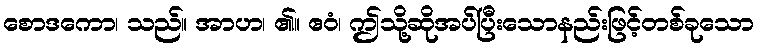
စောဒကော၊ သည်။ အာဟ၊ ၏။ ဧဝံ၊ ဤသို့ဆိုအပ်ပြီးသောနည်းဖြင့်တစ်ခုသော